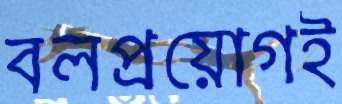
বলপ্রয়োগই